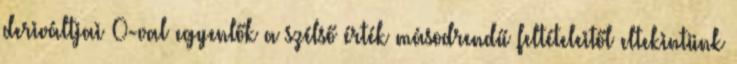
deriváltjai 0-val egyenlők a szélső érték másodrendű feltételeitől eltekintünk